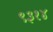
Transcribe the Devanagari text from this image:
९३१४